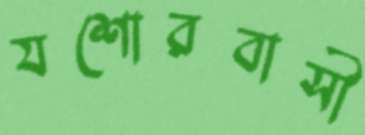
যশোরবাসী